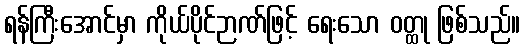
ရန်ကြီးအောင်မှာ ကိုယ်ပိုင်ဉာဏ်ဖြင့် ရေးသော ဝတ္ထု ဖြစ်သည်။